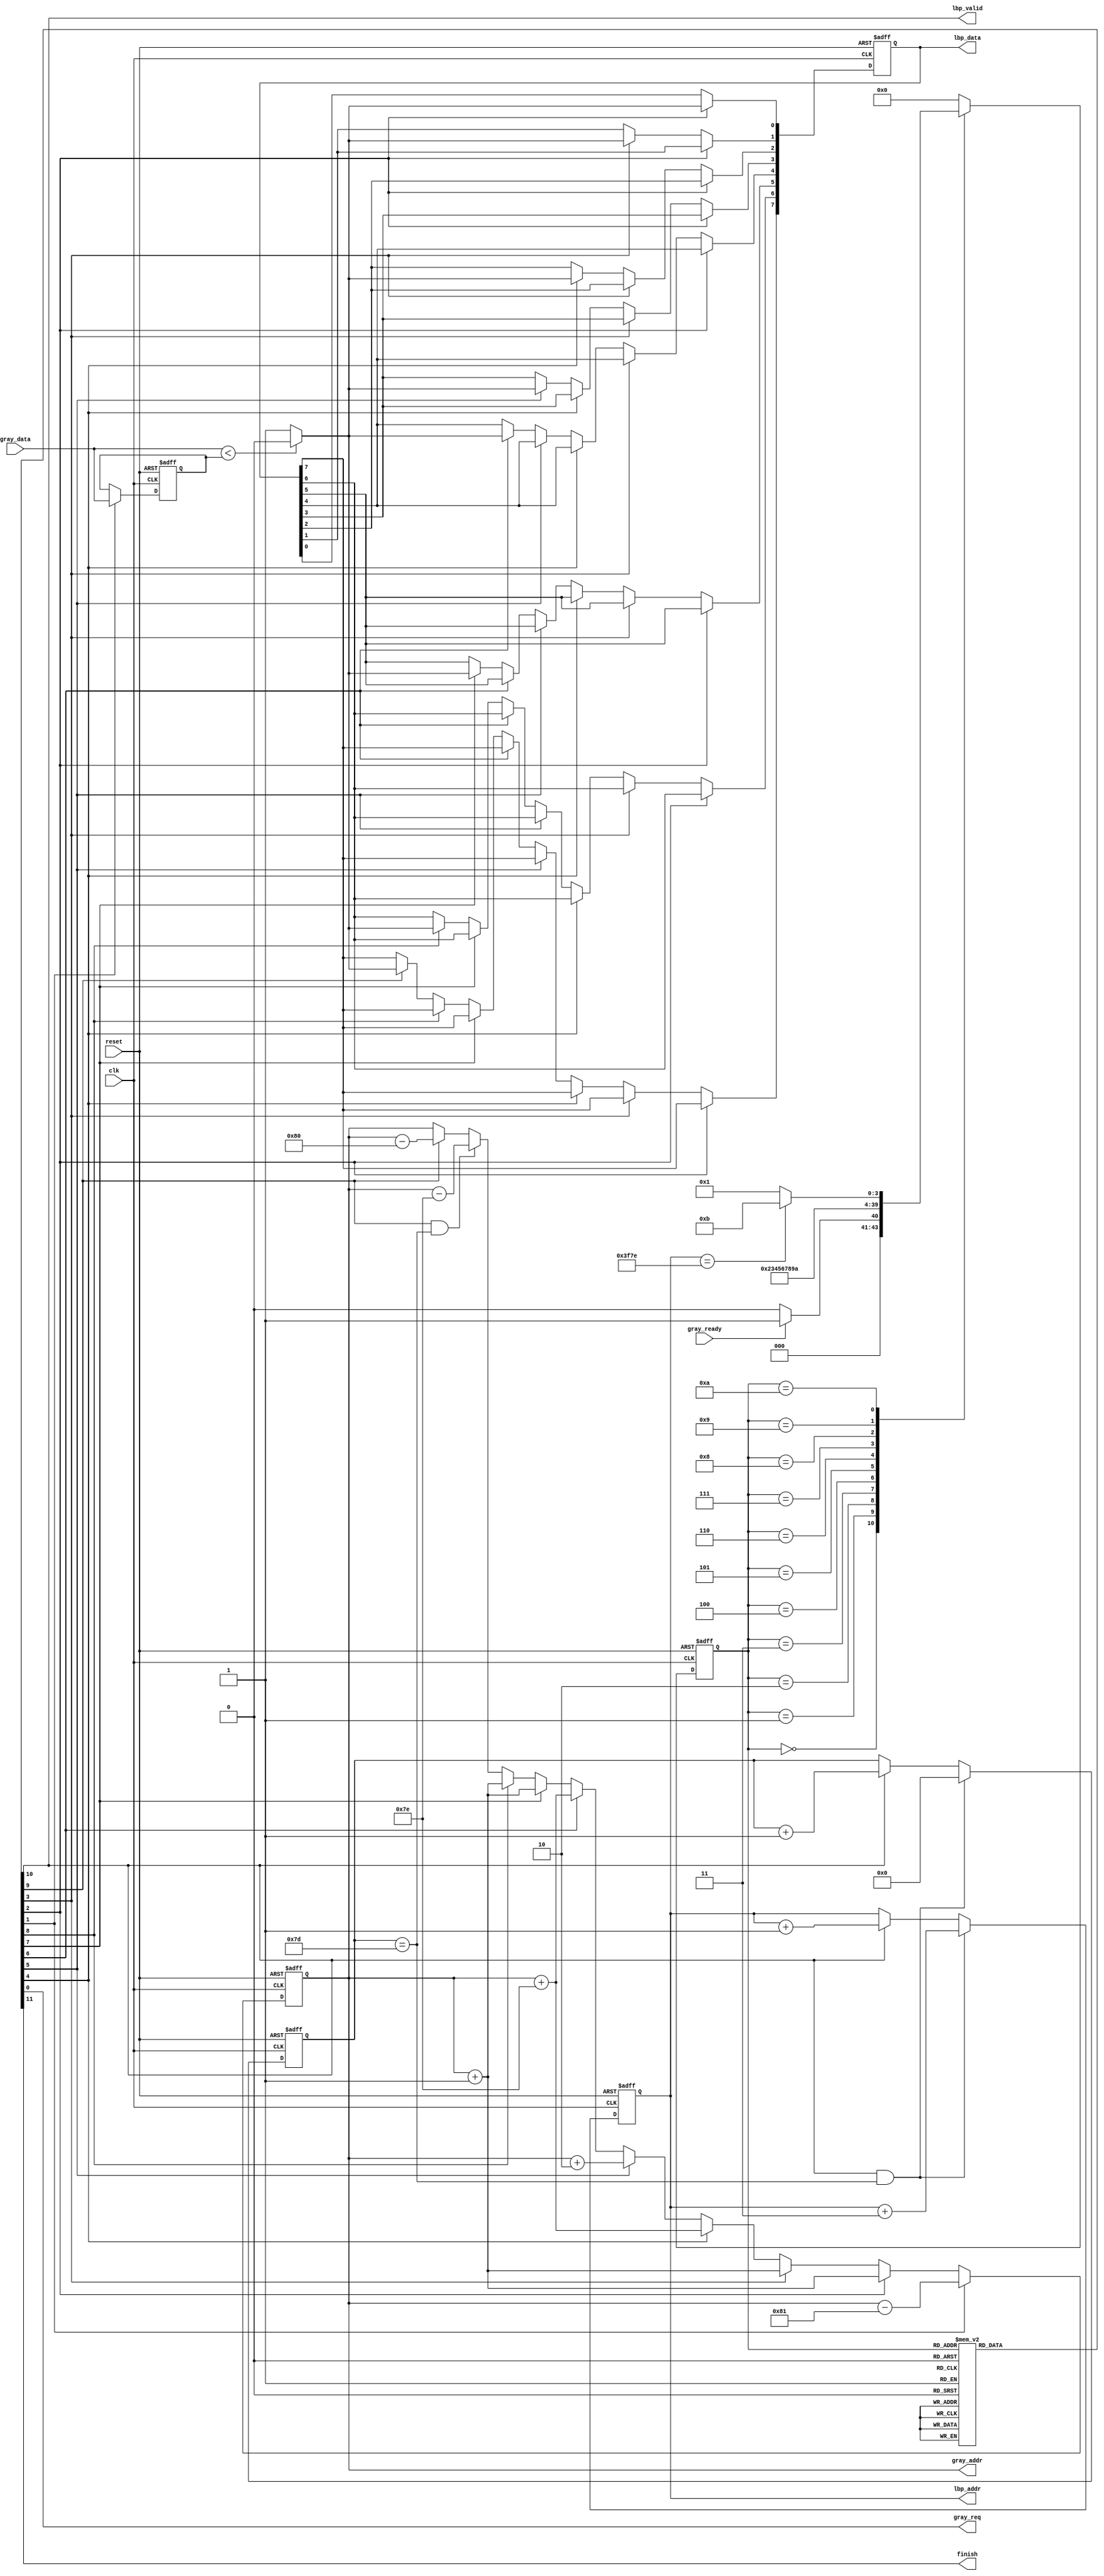

`timescale 1ns/10ps
module LBP ( clk, reset, gray_addr, gray_req, gray_ready, gray_data, lbp_addr, lbp_valid, lbp_data, finish);
input   		clk;
input   		reset;
output	reg	[13:0]	gray_addr;
output	reg		gray_req;
input   		gray_ready;
input   	[7:0]	gray_data;
output	reg	[13:0]	lbp_addr;
output	reg		lbp_valid;
output	reg	[7:0]	lbp_data;
output	reg		finish;
//====================================================================

reg	[3:0]	CurrentState;
reg	[3:0]	NextState;

reg		read_data;
reg		compared1;
reg             compared2;
reg             compared3;
reg             compared4;
reg             compared5;
reg             compared6;
reg             compared7;
reg             compared8;
reg	[6:0]	write_counter;

reg	[7:0]	data;

always@(posedge clk or posedge reset)begin
	if(reset)
		lbp_data <= 8'h0;
	else if(compared1)begin
		if(gray_data < data)
			lbp_data[0] <= 1'h0;
		else
			lbp_data[0] <= 1'h1;
	end
        else if(compared2)begin
                if(gray_data < data)
                        lbp_data[1] <= 1'h0;
                else
                        lbp_data[1] <= 1'h1;
        end
        else if(compared3)begin
                if(gray_data < data)
                        lbp_data[2] <= 1'h0;
                else
                        lbp_data[2] <= 1'h1;
        end
        else if(compared4)begin
                if(gray_data < data)
                        lbp_data[3] <= 1'h0;
                else
                        lbp_data[3] <= 1'h1;
        end
        else if(compared5)begin
                if(gray_data < data)
                        lbp_data[4] <= 1'h0;
                else
                        lbp_data[4] <= 1'h1;
        end
        else if(compared6)begin
                if(gray_data < data)
                        lbp_data[5] <= 1'h0;
                else
                        lbp_data[5] <= 1'h1;
        end
        else if(compared7)begin
                if(gray_data < data)
                        lbp_data[6] <= 1'h0;
                else
                        lbp_data[6] <= 1'h1;
        end
        else if(compared8)begin
                if(gray_data < data)
                        lbp_data[7] <= 1'h0;
                else
                        lbp_data[7] <= 1'h1;
        end
end


always@(posedge clk or posedge reset)begin
	if(reset)
		data <= 8'h0;
	else if(read_data)
		data <= gray_data;
end

always@(posedge clk or posedge reset)begin
	if(reset)
		lbp_addr <= 14'h81;//addr = 129
	else if(lbp_valid && write_counter == 7'h7d)
		lbp_addr <= lbp_addr + 2'h3;
	else if(lbp_valid)
		lbp_addr <= lbp_addr + 1'h1;
end

always@(posedge clk or posedge reset)begin
	if(reset)
		write_counter <= 7'h0;
	else if(lbp_valid && write_counter == 7'h7d)
		write_counter <= 7'h0;
	else if(lbp_valid)
		write_counter <= write_counter + 1'h1;
end

always@(posedge clk or posedge reset)begin
	if(reset)
		gray_addr <= 14'h81;//addr = 129
	else if(read_data)
		gray_addr <= gray_addr - 8'h81;//addr = addr - 129
	else if(compared1)
		gray_addr <= gray_addr + 1'h1;
	else if(compared2)
		gray_addr <= gray_addr + 1'h1;
	else if(compared3)
		gray_addr <= gray_addr + 7'h7e;//addr = addr + 126
	else if(compared4)
		gray_addr <= gray_addr + 2'h2;
	else if(compared5)
		gray_addr <= gray_addr + 7'h7e;//addr = addr + 126
	else if(compared6)
		gray_addr <= gray_addr + 1'h1;
        else if(compared7)
                gray_addr <= gray_addr + 1'h1;
        else if(compared8 && write_counter == 7'h7d)//addr = addr - 126
                gray_addr <= gray_addr - 7'h7e;
	else if(compared8)
                gray_addr <= gray_addr - 8'h80;//addr = addr - 128
end

always@(posedge clk or posedge reset)begin
	if(reset)
		CurrentState <= 4'h0;
	else
		CurrentState <= NextState;
end

always@(*)begin
	case(CurrentState)
		4'h0:begin//reset
			if(gray_ready)
				NextState = 4'h1;
			else
				NextState = 4'h0;
		end
		4'h1:begin//load value
			NextState = 4'h2;
		end
		4'h2:begin//compared value
                        NextState = 4'h3;
                end
		4'h3:begin//compared value
                        NextState = 4'h4;
                end
                4'h4:begin//compared value
                        NextState = 4'h5;
                end
                4'h5:begin//compared value
                        NextState = 4'h6;
                end
                4'h6:begin//compared value
                        NextState = 4'h7;
                end
                4'h7:begin//compared value
                        NextState = 4'h8;
                end
                4'h8:begin//compared value
                        NextState = 4'h9;
                end
		4'h9:begin//compared value
			NextState = 4'ha;
		end
		4'ha:begin//write value
                        if(lbp_addr == 14'h3f7e)
                                NextState = 4'hb;
                        else
                                NextState = 4'h1;
                end
		4'hb:begin//finish
			NextState = 4'h0;
		end
		default:begin
			NextState = 4'h0;
		end
	endcase
end

always@(*)begin
	case(CurrentState)
		4'h0:begin//reset
			gray_req = 0;
			read_data = 0;
			compared1 = 0;
			compared2 = 0;
			compared3 = 0;
			compared4 = 0;
                        compared5 = 0;
                        compared6 = 0;
                        compared7 = 0;
                        compared8 = 0;
			lbp_valid = 0;
			finish = 0;
		end
		4'h1:begin//load value
			gray_req = 1;
			read_data = 1;
                        compared1 = 0;
                        compared2 = 0;
                        compared3 = 0;
                        compared4 = 0;
                        compared5 = 0;
                        compared6 = 0;
                        compared7 = 0;
                        compared8 = 0;
			lbp_valid = 0;
			finish = 0;
		end
                4'h2:begin//compared value 1
                        gray_req = 1;
			read_data = 0;
                        compared1 = 1;
                        compared2 = 0;
                        compared3 = 0;
                        compared4 = 0;
                        compared5 = 0;
                        compared6 = 0;
                        compared7 = 0;
                        compared8 = 0;
                        lbp_valid = 0;
                        finish = 0;
                end
                4'h3:begin//compared value 2
                        gray_req = 1;
			read_data = 0;
                        compared1 = 0;
                        compared2 = 1;
                        compared3 = 0;
                        compared4 = 0;
                        compared5 = 0;
                        compared6 = 0;
                        compared7 = 0;
                        compared8 = 0;
                        lbp_valid = 0;
                        finish = 0;
                end
                4'h4:begin//compared value 3
                        gray_req = 1;
			read_data = 0;
                        compared1 = 0;
                        compared2 = 0;
                        compared3 = 1;
                        compared4 = 0;
                        compared5 = 0;
                        compared6 = 0;
                        compared7 = 0;
                        compared8 = 0;
                        lbp_valid = 0;
                        finish = 0;
                end
                4'h5:begin//compared value 4
                        gray_req = 1;
                        read_data = 0;
                        compared1 = 0;
                        compared2 = 0;
                        compared3 = 0;
                        compared4 = 1;
                        compared5 = 0;
                        compared6 = 0;
                        compared7 = 0;
                        compared8 = 0;
                        lbp_valid = 0;
                        finish = 0;
                end
                4'h6:begin//compared value 5
                        gray_req = 1;
                        read_data = 0;
                        compared1 = 0;
                        compared2 = 0;
                        compared3 = 0;
                        compared4 = 0;
                        compared5 = 1;
                        compared6 = 0;
                        compared7 = 0;
                        compared8 = 0;
                        lbp_valid = 0;
                        finish = 0;
                end
                4'h7:begin//compared value 6
                        gray_req = 1;
                        read_data = 0;
                        compared1 = 0;
                        compared2 = 0;
                        compared3 = 0;
                        compared4 = 0;
                        compared5 = 0;
                        compared6 = 1;
                        compared7 = 0;
                        compared8 = 0;
                        lbp_valid = 0;
                        finish = 0;
                end
                4'h8:begin//compared value 7
                        gray_req = 1;
                        read_data = 0;
                        compared1 = 0;
                        compared2 = 0;
                        compared3 = 0;
                        compared4 = 0;
                        compared5 = 0;
                        compared6 = 0;
                        compared7 = 1;
                        compared8 = 0;
                        lbp_valid = 0;
                        finish = 0;
                end
                4'h9:begin//compared value 8
                        gray_req = 1;
                        read_data = 0;
                        compared1 = 0;
                        compared2 = 0;
                        compared3 = 0;
                        compared4 = 0;
                        compared5 = 0;
                        compared6 = 0;
                        compared7 = 0;
                        compared8 = 1;
                        lbp_valid = 0;
                        finish = 0;
                end
		4'ha:begin//write value
                        gray_req = 0;
                        read_data = 0;
                        compared1 = 0;
                        compared2 = 0;
                        compared3 = 0;
                        compared4 = 0;
                        compared5 = 0;
                        compared6 = 0;
                        compared7 = 0;
                        compared8 = 0;
                        lbp_valid = 1;
                        finish = 0;
                end
		4'hb:begin//finish
			gray_req = 0;
                        read_data = 0;
                        compared1 = 0;
                        compared2 = 0;
                        compared3 = 0;
                        compared4 = 0;
                        compared5 = 0;
                        compared6 = 0;
                        compared7 = 0;
                        compared8 = 0;
			lbp_valid = 0;
			finish = 1;
		end
		default:begin
			gray_req = 0;
                        read_data = 0;
                        compared1 = 0;
                        compared2 = 0;
                        compared3 = 0;
                        compared4 = 0;
                        compared5 = 0;
                        compared6 = 0;
                        compared7 = 0;
                        compared8 = 0;
			lbp_valid = 0;
			finish = 0;
		end
	endcase
end

//====================================================================
endmodule